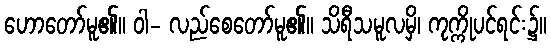
ဟောတော်မူ၏။ ဝါ- လည်စေတော်မူ၏။ သိရီသမူလမှိ၊ ကုက္ကိုပင်ရင်း၌။